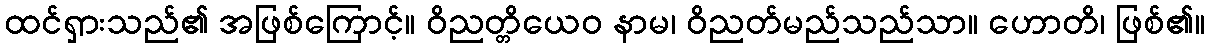
ထင်ရှားသည်၏ အဖြစ်ကြောင့်။ ဝိညတ္တိယေဝ နာမ၊ ဝိညတ်မည်သည်သာ။ ဟောတိ၊ ဖြစ်၏။